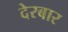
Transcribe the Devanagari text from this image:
देरबार